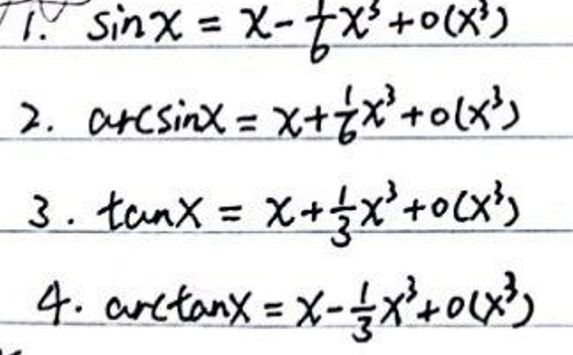
\begin{align*}
1. \sin x &= x - \frac{1}{6}x^{3}+o(x^{3})\\
2. \cos x &= x+\frac{1}{6}x^{3}+o(x^{3})\\
3. \tan x &= x+\frac{1}{3}x^{3}+o(x^{3})\\
4. \arctan x &= x-\frac{1}{3}x^{3}+o(x^{3})
\end{align*}